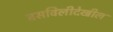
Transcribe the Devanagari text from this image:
बसविलीदेखील